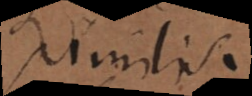
similis